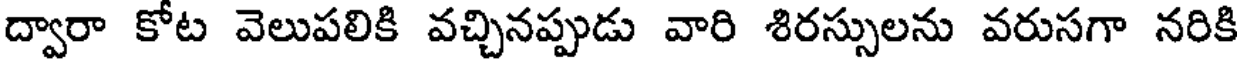
ద్వారా కోట వెలుపలికి వచ్చినప్పుడు వారి శిరస్సులను వరుసగా నరికి